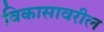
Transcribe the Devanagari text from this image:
विकासावरील